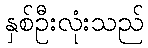
နှစ်ဦးလုံးသည်